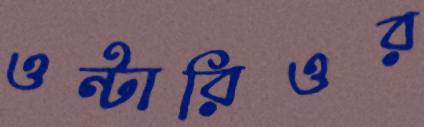
ওন্টারিওর